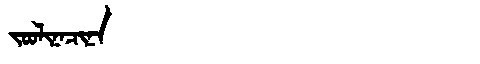
Manchu: ᠵᠣᠣᠯᡳᠨᠠᠴᡳᠨᠠ
Romanization: JOOLINACINA